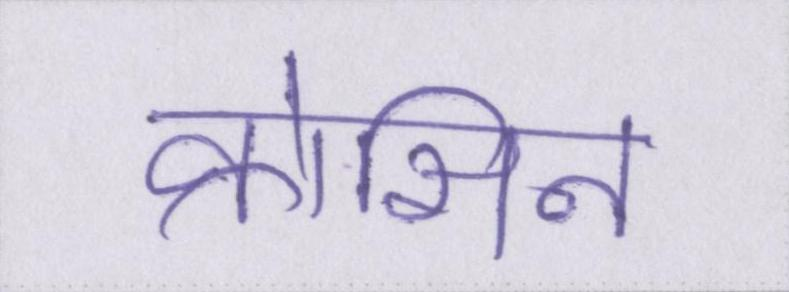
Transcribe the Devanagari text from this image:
क्रोसिन